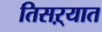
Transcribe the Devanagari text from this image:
तिसऱ्यात